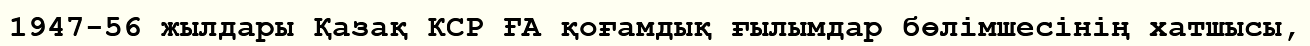
1947-56 жылдары Қазақ КСР ҒА қоғамдық ғылымдар бөлімшесінің хатшысы,